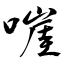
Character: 嘊